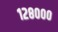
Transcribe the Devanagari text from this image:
१२८०००